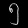
Digit: ၅